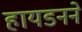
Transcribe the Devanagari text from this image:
हायडनने